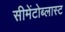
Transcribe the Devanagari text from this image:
सीमेंटोब्लास्ट